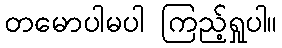
တမောပါမပါ ကြည့်ရှုပါ။